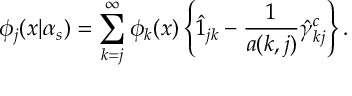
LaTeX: \phi _ { j } ( x | \alpha _ { s } ) = \sum _ { k = j } ^ { \infty } \phi _ { k } ( x ) \left\{ \hat { 1 } _ { j k } - \frac { 1 } { a ( k , j ) } \hat { \gamma } _ { k j } ^ { c } \right\} .